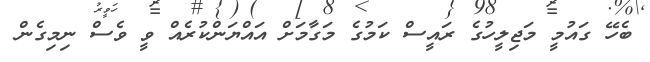
ބެހޭ ގައުމީ މަޖިލީހުގެ ރައީސް ކަމުގެ މަގާމަށް އައްޔަންކުރެއް ވީ ވެސް ނިމިގެން